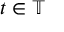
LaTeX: t \in \mathbb { T }